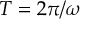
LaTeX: T = 2 \pi / \omega